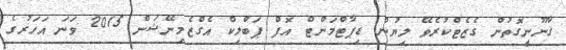
ޤާނޫނީގޮތުން ގެޒެޓްކުރެވޭ ލިޔުން ޑިޕާޓްމަންޓް އޮފް ޕަބްލިކް އެގްޒެމިނޭޝަން 2015 ވަނަ އަހަރުގެ